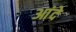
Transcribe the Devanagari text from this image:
आंदे